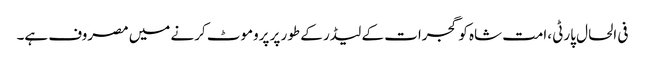
فی الحال پارٹی ،امت شاہ کو گجرات کے لیڈر کے طور پر پروموٹ کرنے میں مصروف ہے۔